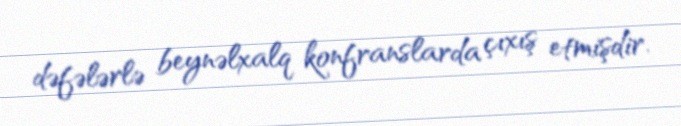
dəfələrlə beynəlxalq konfranslarda çıxış etmişdir.